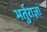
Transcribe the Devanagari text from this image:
भर्तुराज्ञां